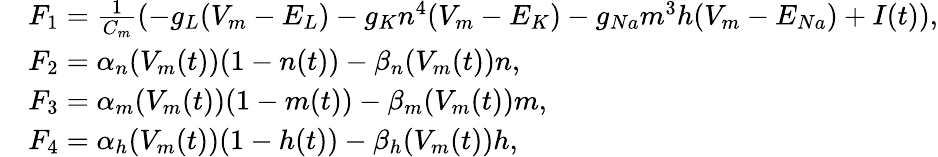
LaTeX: \begin{array}{rl}&{F_{1}=\frac{1}{C_{m}}(-g_{L}(V_{m}-E_{L})-g_{K}n^{4}(V_{m}-E_{K})-g_{Na}m^{3}h(V_{m}-E_{Na})+I(t)),}\\ &{F_{2}=\alpha_{n}(V_{m}(t))(1-n(t))-\beta_{n}(V_{m}(t))n,}\\ &{F_{3}=\alpha_{m}(V_{m}(t))(1-m(t))-\beta_{m}(V_{m}(t))m,}\\ &{F_{4}=\alpha_{h}(V_{m}(t))(1-h(t))-\beta_{h}(V_{m}(t))h,}\end{array}